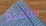
ساهتم